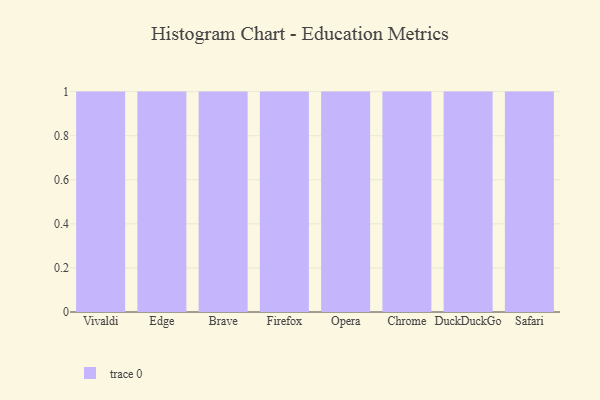
{"axis": {"x": "Browser", "y": "Population (Million)"}, "legend": [""], "data": [{"x": "Vivaldi", "y": 89, "type": ""}, {"x": "Edge", "y": 60, "type": ""}, {"x": "Brave", "y": 42, "type": ""}, {"x": "Firefox", "y": 6, "type": ""}, {"x": "Opera", "y": 54, "type": ""}, {"x": "Chrome", "y": 82, "type": ""}, {"x": "DuckDuckGo", "y": 63, "type": ""}, {"x": "Safari", "y": 58, "type": ""}]}